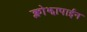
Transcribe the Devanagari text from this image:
क्लोझापाईन